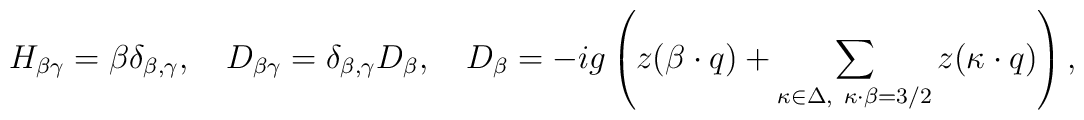
H_{\beta \gamma}=\beta \delta_{\beta, \gamma},\quad   	D_{\beta \gamma}= \delta_{\beta, \gamma}D_{\beta},\quad   	D_{\beta}=-ig\left(z(\beta\cdot q)   +\sum_{\kappa\in\Delta,\     	\kappa\cdot\beta=3/2}z(\kappa\cdot q)\right),